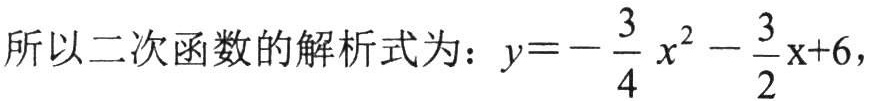
所以二次函数的解析式为：\(y = -\dfrac{3}{4}x^{2}-\dfrac{3}{2}x + 6\)，